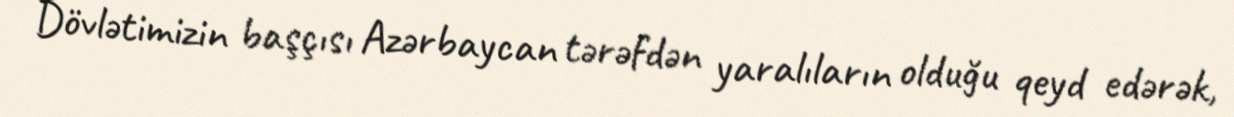
Dövlətimizin başçısı Azərbaycan tərəfdən yaralıların olduğu qeyd edərək,